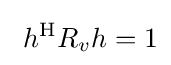
\ h^{\mathrm {H} }R_{v}h=1